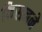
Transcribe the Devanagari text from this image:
किसनने